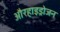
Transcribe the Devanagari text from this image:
औरहाइड्रोजन